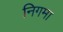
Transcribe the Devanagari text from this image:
निगमा